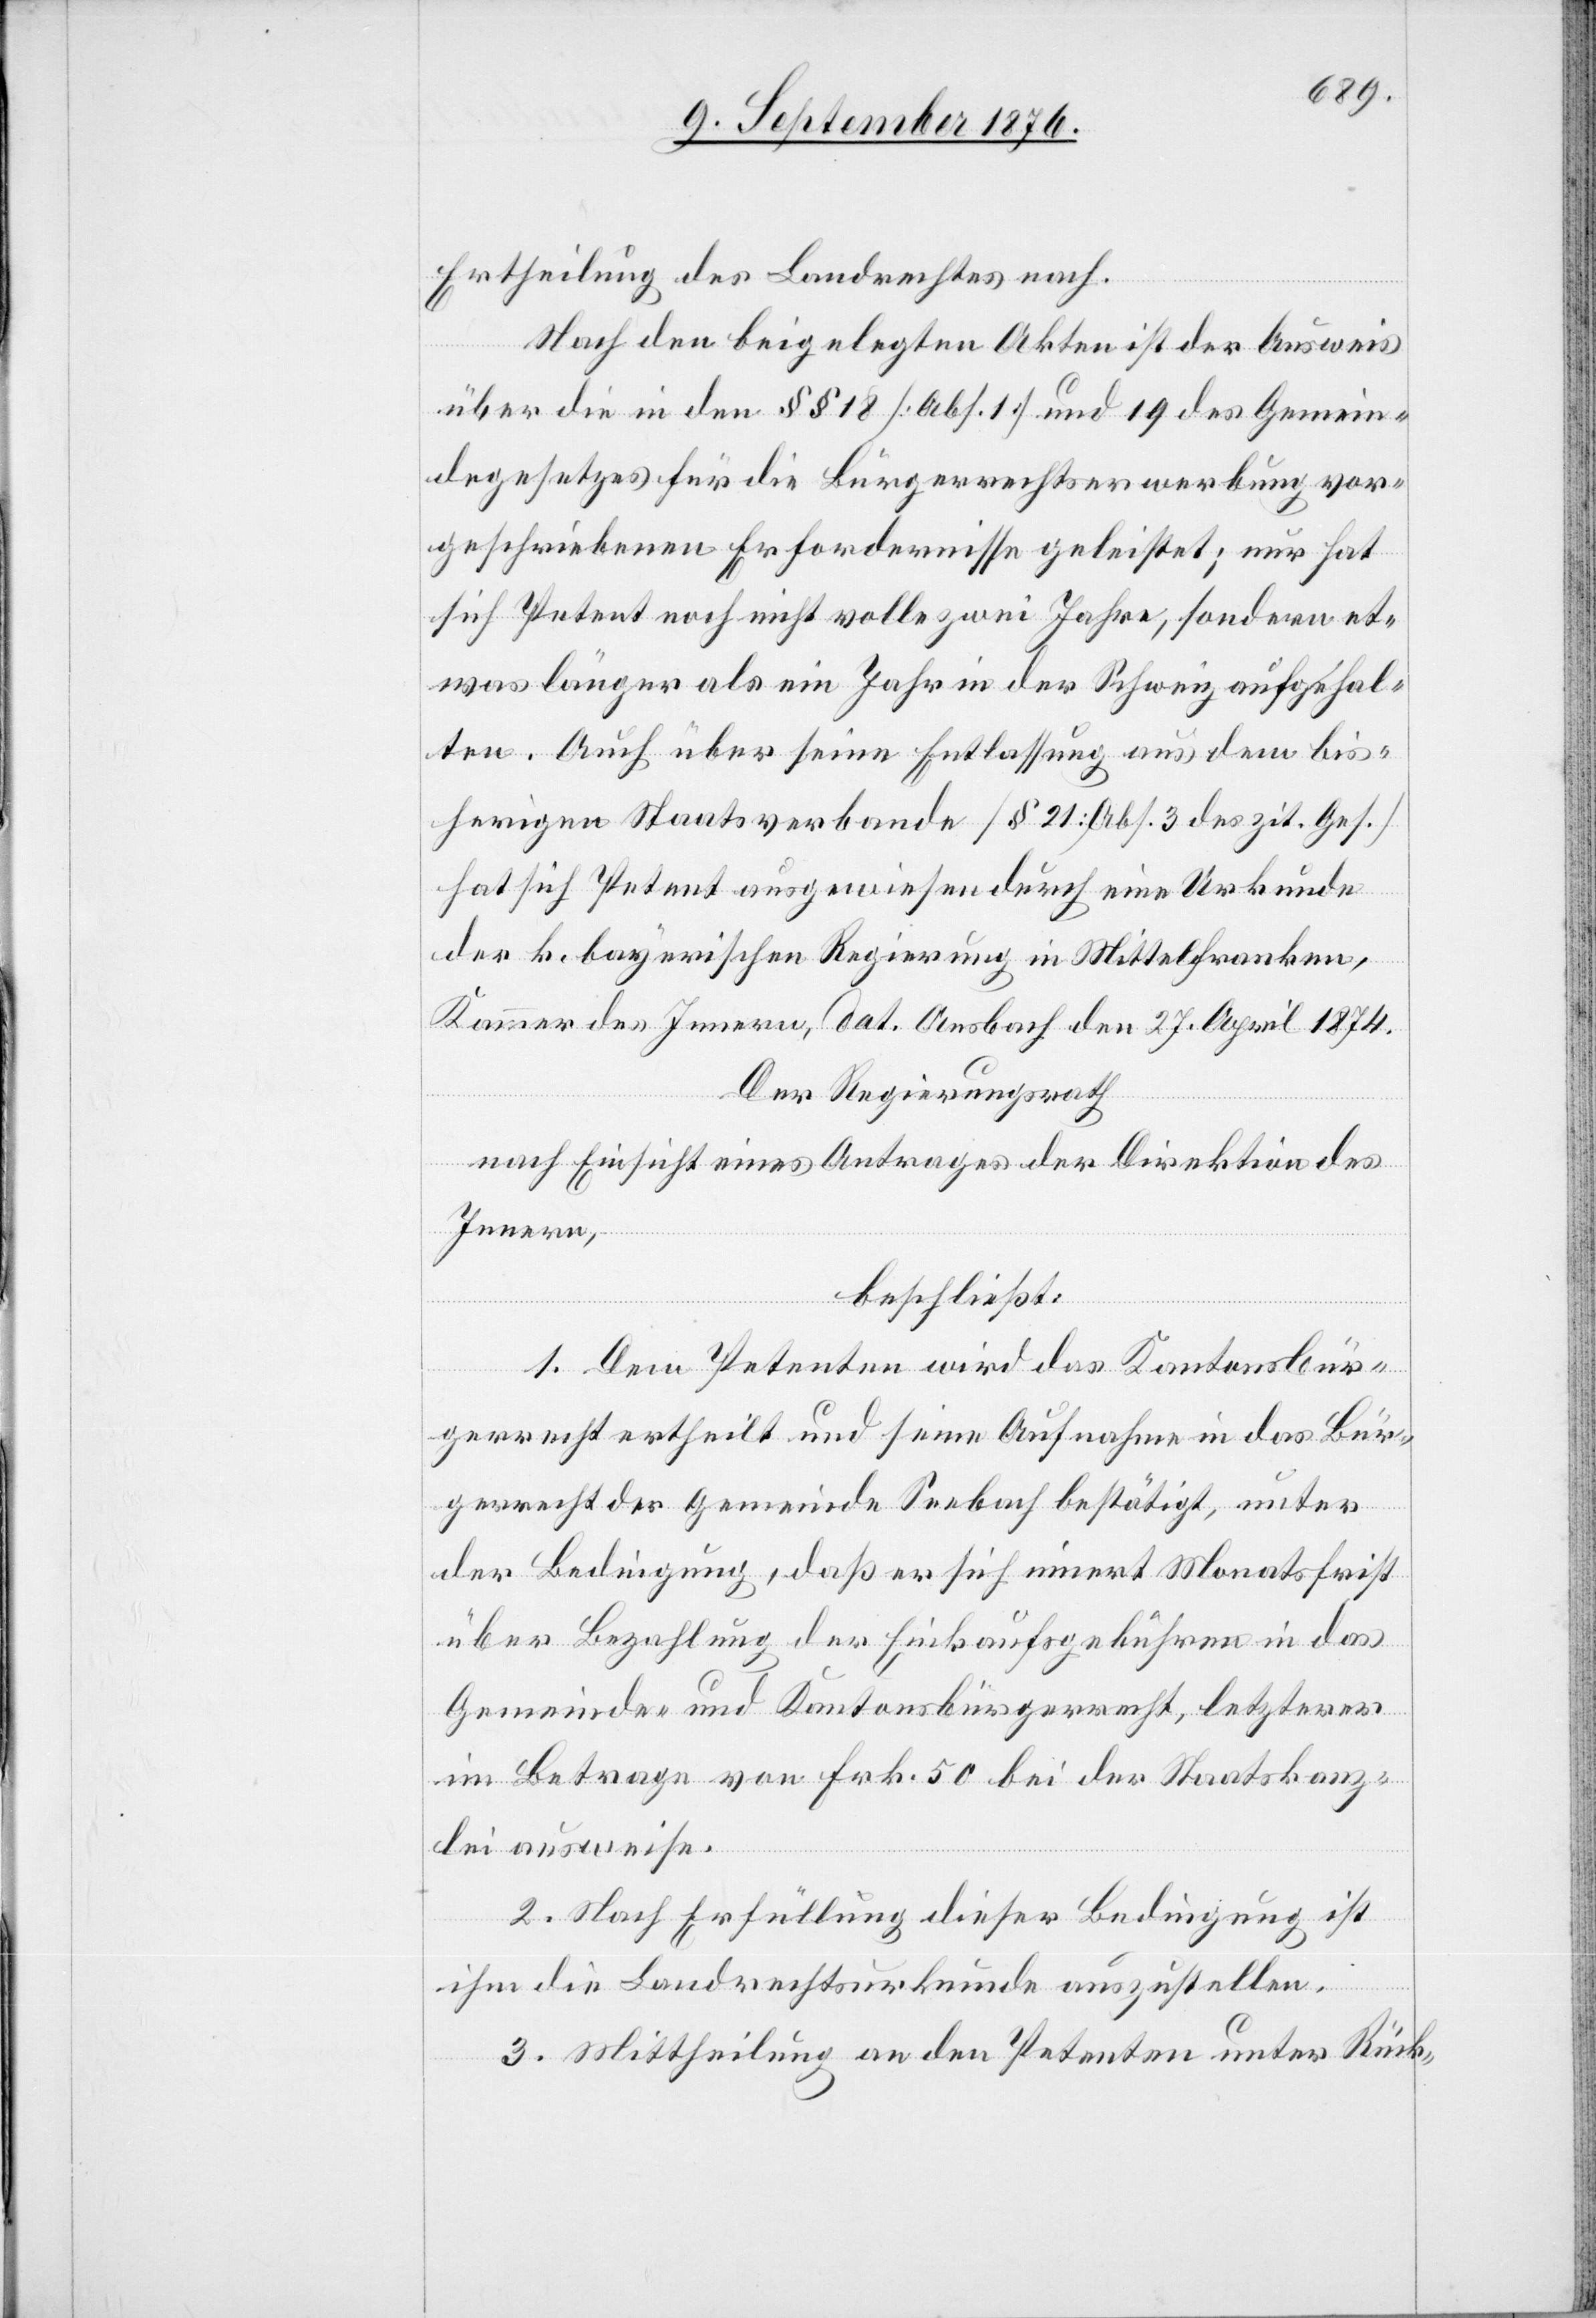
Ertheilung des Landerechtes nach.
Nach den beigelegten Akten ist der Ausweis
über die in den §§ 18 [Abs. 1] und 19 des Gemein¬
degesetzes für die Bürgerrechtserwerbung vor¬
geschriebenen Erfordernisse geleistet; nur hat
sich Petent noch nicht volle zwei Jahre, sondern et¬
was länger als ein Jahr in der Schweiz aufgehal¬
ten. Auch über seine Entlassung aus dem bis¬
herigen Staatsverbande [§ 21: Abs. 3 des zit. Ges.]
hat sich Petent ausgewiesen durch eine Urkunde
der k. bayerischen Regierung in Mittelfranken,
Kammer des Innern, dat. Ansbach den 27. April 1874.
Der Regierungsrath
nach Einsicht eines Antrages der Direktion des
Innern,
beschließt:
1. Dem Petenten wird das Kantonsbür¬
gerrecht der Gemeinde Seebach bestätigt, unter
der Bedingung, daß er sich innert Monatsfrist
über Bezahlung der Einkaufsgebühren in das
Gemeinde- und Kantonsbürgerrecht, letzterer
im Betrage von Frk. 50 bei der Staatskanz¬
lei ausweise.
2. Nach Erfüllung dieser Bedingung ist
ihm die Landrechtsurkunde auszustellen.
3. Mittheilung an den Petenten unter Rück-